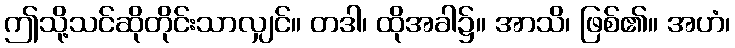
ဤသို့သင်ဆိုတိုင်းသာလျှင်။ တဒါ၊ ထိုအခါ၌။ အာသိ၊ ဖြစ်၏။ အဟံ၊